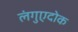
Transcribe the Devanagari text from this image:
लंगुएदोक